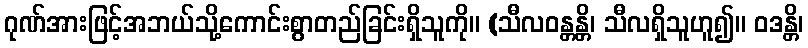
ဂုဏ်အားဖြင့်အဘယ်သို့ကောင်းစွာတည်ခြင်းရှိသူကို။ (သီလဝန္တန္တိ၊ သီလရှိသူဟူ၍။ ဝဒန္တိ၊